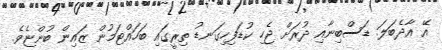
އޭ އާދެބަލަ. ޑަސްބިނާއި ދުރަށް ޖެހި ކުޑަފިހިގަނޑު ތިރީގައި ބަހައްޓަމުން ޒައިން ބުންޏެވެ.